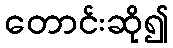
တောင်းဆို၍